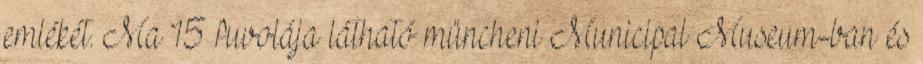
emlékét. Ma 15 fuvolája látható müncheni Municipal Museum-ban és